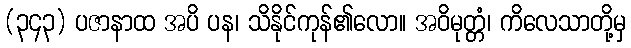
(၃၄၃) ပဇာနာထ အပိ ပန၊ သိနိုင်ကုန်၏လော။ အဝိမုတ္တံ၊ ကိလေသာတို့မှ